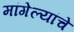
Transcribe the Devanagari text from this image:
मांगेल्यांचे